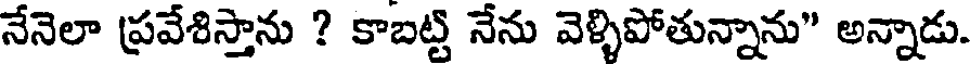
నేనెలా ప్రవేశిస్తాను ? కాబట్టి నేను వెళ్ళిపోతున్నాను" అన్నాడు.